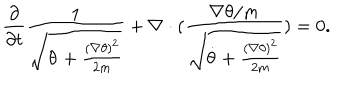
\frac { \partial } { \partial t } \frac { 1 } { \sqrt { \dot { \theta } + \frac { ( \nabla \theta ) ^ { 2 } } { 2 m } } } + \nabla \cdot ( \frac { \nabla \theta / m } { \sqrt { \dot { \theta } + \frac { ( \nabla \theta ) ^ { 2 } } { 2 m } } } ) = 0 .